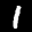
Label: 1